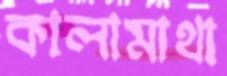
কালামাথা